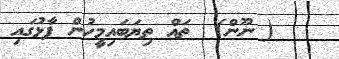
( ނޫން)  ތައް ތިޔަބައިމީހުން ފާޅުގައި